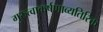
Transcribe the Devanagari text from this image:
गुरुत्वाकर्षणाव्यतिरिक्त